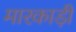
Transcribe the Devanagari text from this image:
मारकाड़ी